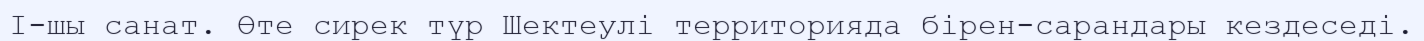
I-шы санат. Өте сирек түр Шектеулі территорияда бірен-сарандары кездеседі.